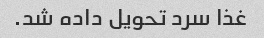
غذا سرد تحویل داده شد.